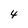
Character: 4